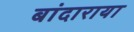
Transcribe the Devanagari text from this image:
बांदाराया